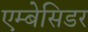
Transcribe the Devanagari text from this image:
एम्बेसिडर